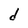
Character: d